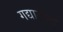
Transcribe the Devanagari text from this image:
गद्यातील